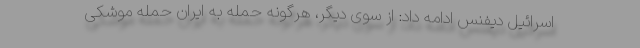
اسرائیل دیفنس ادامه داد: از سوی دیگر، هرگونه حمله به ایران حمله موشکی